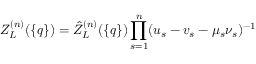
Z _ { L } ^ { ( n ) } ( \{ q \} ) = \hat { Z } _ { L } ^ { ( n ) } ( \{ q \} ) \prod _ { s = 1 } ^ { n } ( u _ { s } - v _ { s } - \mu _ { s } \nu _ { s } ) ^ { - 1 }